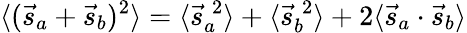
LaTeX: \langle({\vec{s}}_{a}+{\vec{s}}_{b})^{2}\rangle=\langle{\vec{s}}_{a}^{\; 2}\rangle+\langle{\vec{s}}_{b}^{\; 2}\rangle+2\langle{\vec{s}}_{a}\cdot{\vec{s}}_{b}\rangle